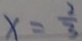
x = \frac { 2 } { 3 }